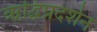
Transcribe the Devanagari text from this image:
ऋद्धिप्रदर्शन